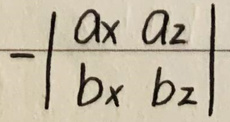
\[-\begin{vmatrix}
a_x & a_z \\
b_x & b_z
\end{vmatrix}\]